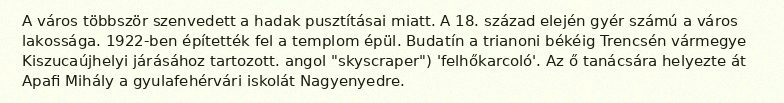
A város többször szenvedett a hadak pusztításai miatt. A 18. század elején gyér számú a város lakossága. 1922-ben építették fel a templom épül. Budatín a trianoni békéig Trencsén vármegye Kiszucaújhelyi járásához tartozott. angol "skyscraper") 'felhőkarcoló'. Az ő tanácsára helyezte át Apafi Mihály a gyulafehérvári iskolát Nagyenyedre.